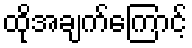
ထိုအချက်ကြောင့်